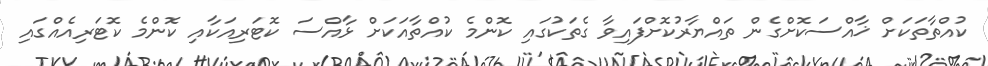
ކުއްތާތަކަށް ޚާއްސަކޮށްގެން ތައްޔާރުކޮށްފައިވާ ގެތަކުގައި ކޮންމެ ކުއްތާއަކަށް ޅާއްސަ ކޮޓަރިއަކާއި ކޮންމެ ކޮޓަރިއެއްގައި